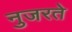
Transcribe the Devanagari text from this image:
नुजरते